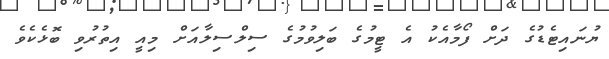
ޔުނައިޓެޑުގެ ދަށް ފޯމާއެކު އެ ޓީމުގެ ބަލިވުމުގެ ސިލްސިލާއަށް މިއީ އިތުރުވި ބޮޅެކެވެ